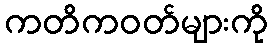
ကတိကဝတ်များကို